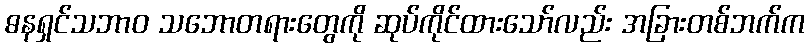
ဓနရှင်သဘာဝ သဘောတရားတွေကို ဆုပ်ကိုင်ထားသော်လည်း အခြားတစ်ဘက်က